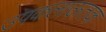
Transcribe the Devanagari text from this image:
उपकलाऊतक